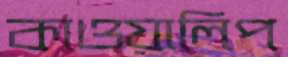
কাওয়ালিপ